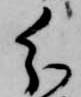
分